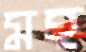
মহ